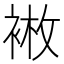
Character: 𫋿